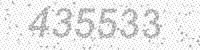
Solution: 435533